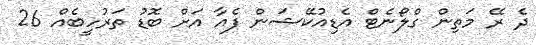
ދެ ރޭ މަތިން ގްލޯނެޓް އެޑިއުކޭޝަން ފެއާ އަށް ބޮޑު ތަރުހީބެއް 26